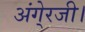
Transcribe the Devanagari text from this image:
अंगे्रजी।